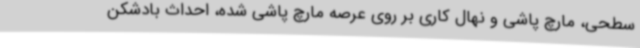
سطحی، مارچ پاشی و نهال کاری بر روی عرصه مارچ پاشی شده، احداث بادشکن